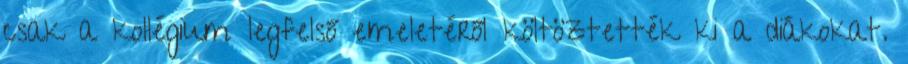
csak a kollégium legfelső emeletéről költöztették ki a diákokat.